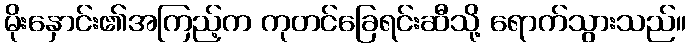
မိုးနှောင်း၏အကြည့်က ကုတင်ခြေရင်းဆီသို့ ရောက်သွားသည်။